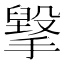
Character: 㩓